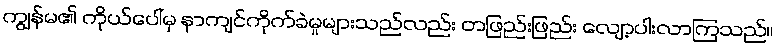
ကျွန်မ၏ ကိုယ်ပေါ်မှ နာကျင်ကိုက်ခဲမှုများသည်လည်း တဖြည်းဖြည်း လျော့ပါးလာကြသည်။